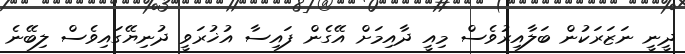
ދީނީ ނަޒަރަކުން ބަލާއިރުވެސް މިއީ ދާއިމަށް އޭގެން ފައިސާ އުޚުރަވީ ދުނިޔޭގައިވެސް ލިބޭނެ